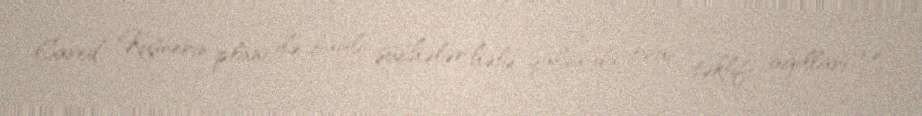
Cared Kuşnerin planı ilə bağlı şübhələr hələ qalsa da, onun təklifi ağılları və